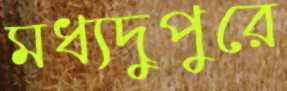
মধ্যদুপুরে